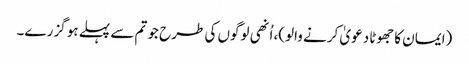
(ایمان کا جھوٹا دعویٰ کرنے والو)، اُنھی لوگوں کی طرح جو تم سے پہلے ہو گزرے۔